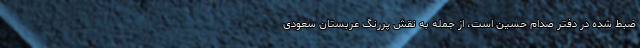
ضبط شده در دفتر صدام حسین است، از جمله به نقش پررنگ عربستان سعودی